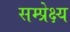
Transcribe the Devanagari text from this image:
सम्प्रेक्ष्य